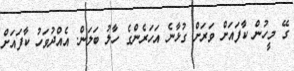
ގޭ މީހުން ކާފައަށް ވަރަށް ގުޅާނެ އަހަރެންގެ ހާލު ބަލަން. އެއްދުވަހު ކާފައަށް